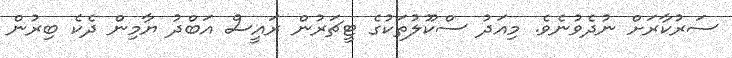
ސަރުކާރަށް ނުދެވުނެވެ. މިއަދު ސްކޫލުތަކުގެ ޓީޗަރުން ރައީސް އަބްދު ޔާމިން ދެކެ ބިރުން